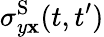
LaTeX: \sigma_{y\mathbf{x}}^{\textrm{{S}}}(t,t^{\prime})